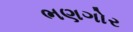
ભણગોર